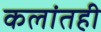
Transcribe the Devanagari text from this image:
कलांतही